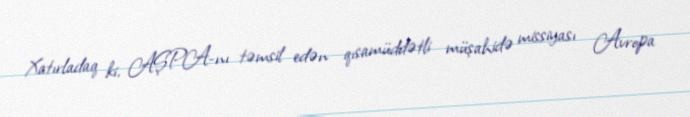
Xatırladaq ki, AŞPA-nı təmsil edən qısamüddətli müşahidə missiyası Avropa